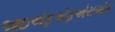
આઇએફએફએચએસ